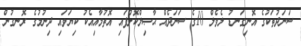
ސަނަދުތަކުގެ އޮނިގަނޑު ލެވެލް 10ގެ ސަނަދެއް ޙާޞިލްކޮށްފައި އޮތުމާއިއެކު ކިޔަވައި ދިނުމުގެ ރޮނގުން